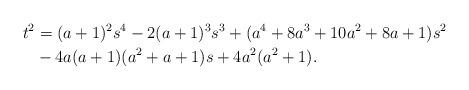
LaTeX: \begin{align*}t^2&=(a+1)^2s^4-2(a+1)^3s^3+(a^4+8a^3+10a^2+8a+1)s^2 \\& -4a(a+1)(a^2+a+1)s+4a^2(a^2+1). \end{align*}